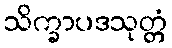
သိက္ခာပဒသုတ္တံ